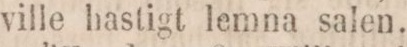
ville hastigt lemna salen.